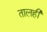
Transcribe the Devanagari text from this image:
तालही